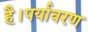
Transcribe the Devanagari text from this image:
है।पर्यावरण